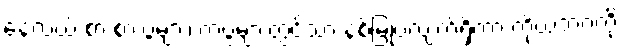
နေ့လယ် စာ စားပွဲများ၊ ကပွဲများတွင်သာ နစ်မြုပ်လျက်ရှိကာ ကိုယ့်ဘဝကို